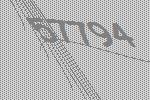
57794